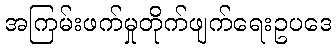
အကြမ်းဖက်မှုတိုက်ဖျက်ရေးဥပဒေ